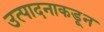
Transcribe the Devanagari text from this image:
उत्पादनाकडून